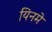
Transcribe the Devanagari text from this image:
यिनमे